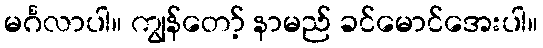
မင်္ဂလာပါ။ ကျွန်တော့် နာမည် ခင်မောင်အေးပါ။